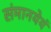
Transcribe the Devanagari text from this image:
संमानयेयं